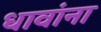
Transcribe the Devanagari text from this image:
धावांना